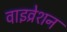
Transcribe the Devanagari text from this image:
वाइव्रेशन